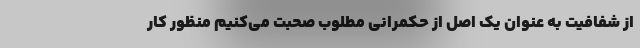
از شفافیت به عنوان یک اصل از حکمرانی مطلوب صحبت می‌کنیم منظور کار